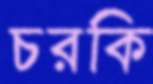
চরকি